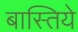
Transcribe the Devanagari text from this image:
बास्तिये